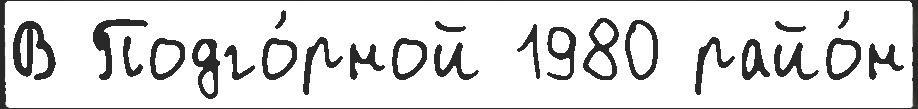
В Подго́рной 1980 райо́н